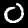
Label: 0